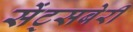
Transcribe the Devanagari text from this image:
सेंट्सबेरी